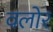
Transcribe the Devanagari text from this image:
वलोर